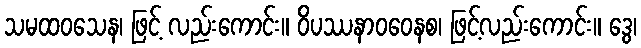
သမထဝသေန၊ ဖြင့် လည်းကောင်း။ ဝိပဿနာဝဝေနစ၊ ဖြင့်လည်းကောင်း။ ဒွေ၊